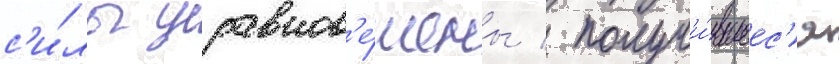
с'и́лы уравнов'е́шены / получи́вшеес'я